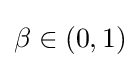
\beta \in \left(0,1\right)